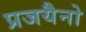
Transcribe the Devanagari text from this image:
प्रजयैनो